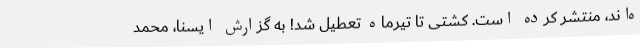
ه‌اند، منتشر کرده است. کشتی تا تیرماه تعطیل شد! به گزارش ایسنا، محمد